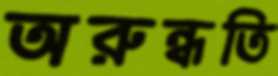
অরুন্ধতি